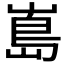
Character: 𭗃